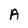
Character: A